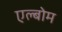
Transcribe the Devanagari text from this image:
एल्बोम